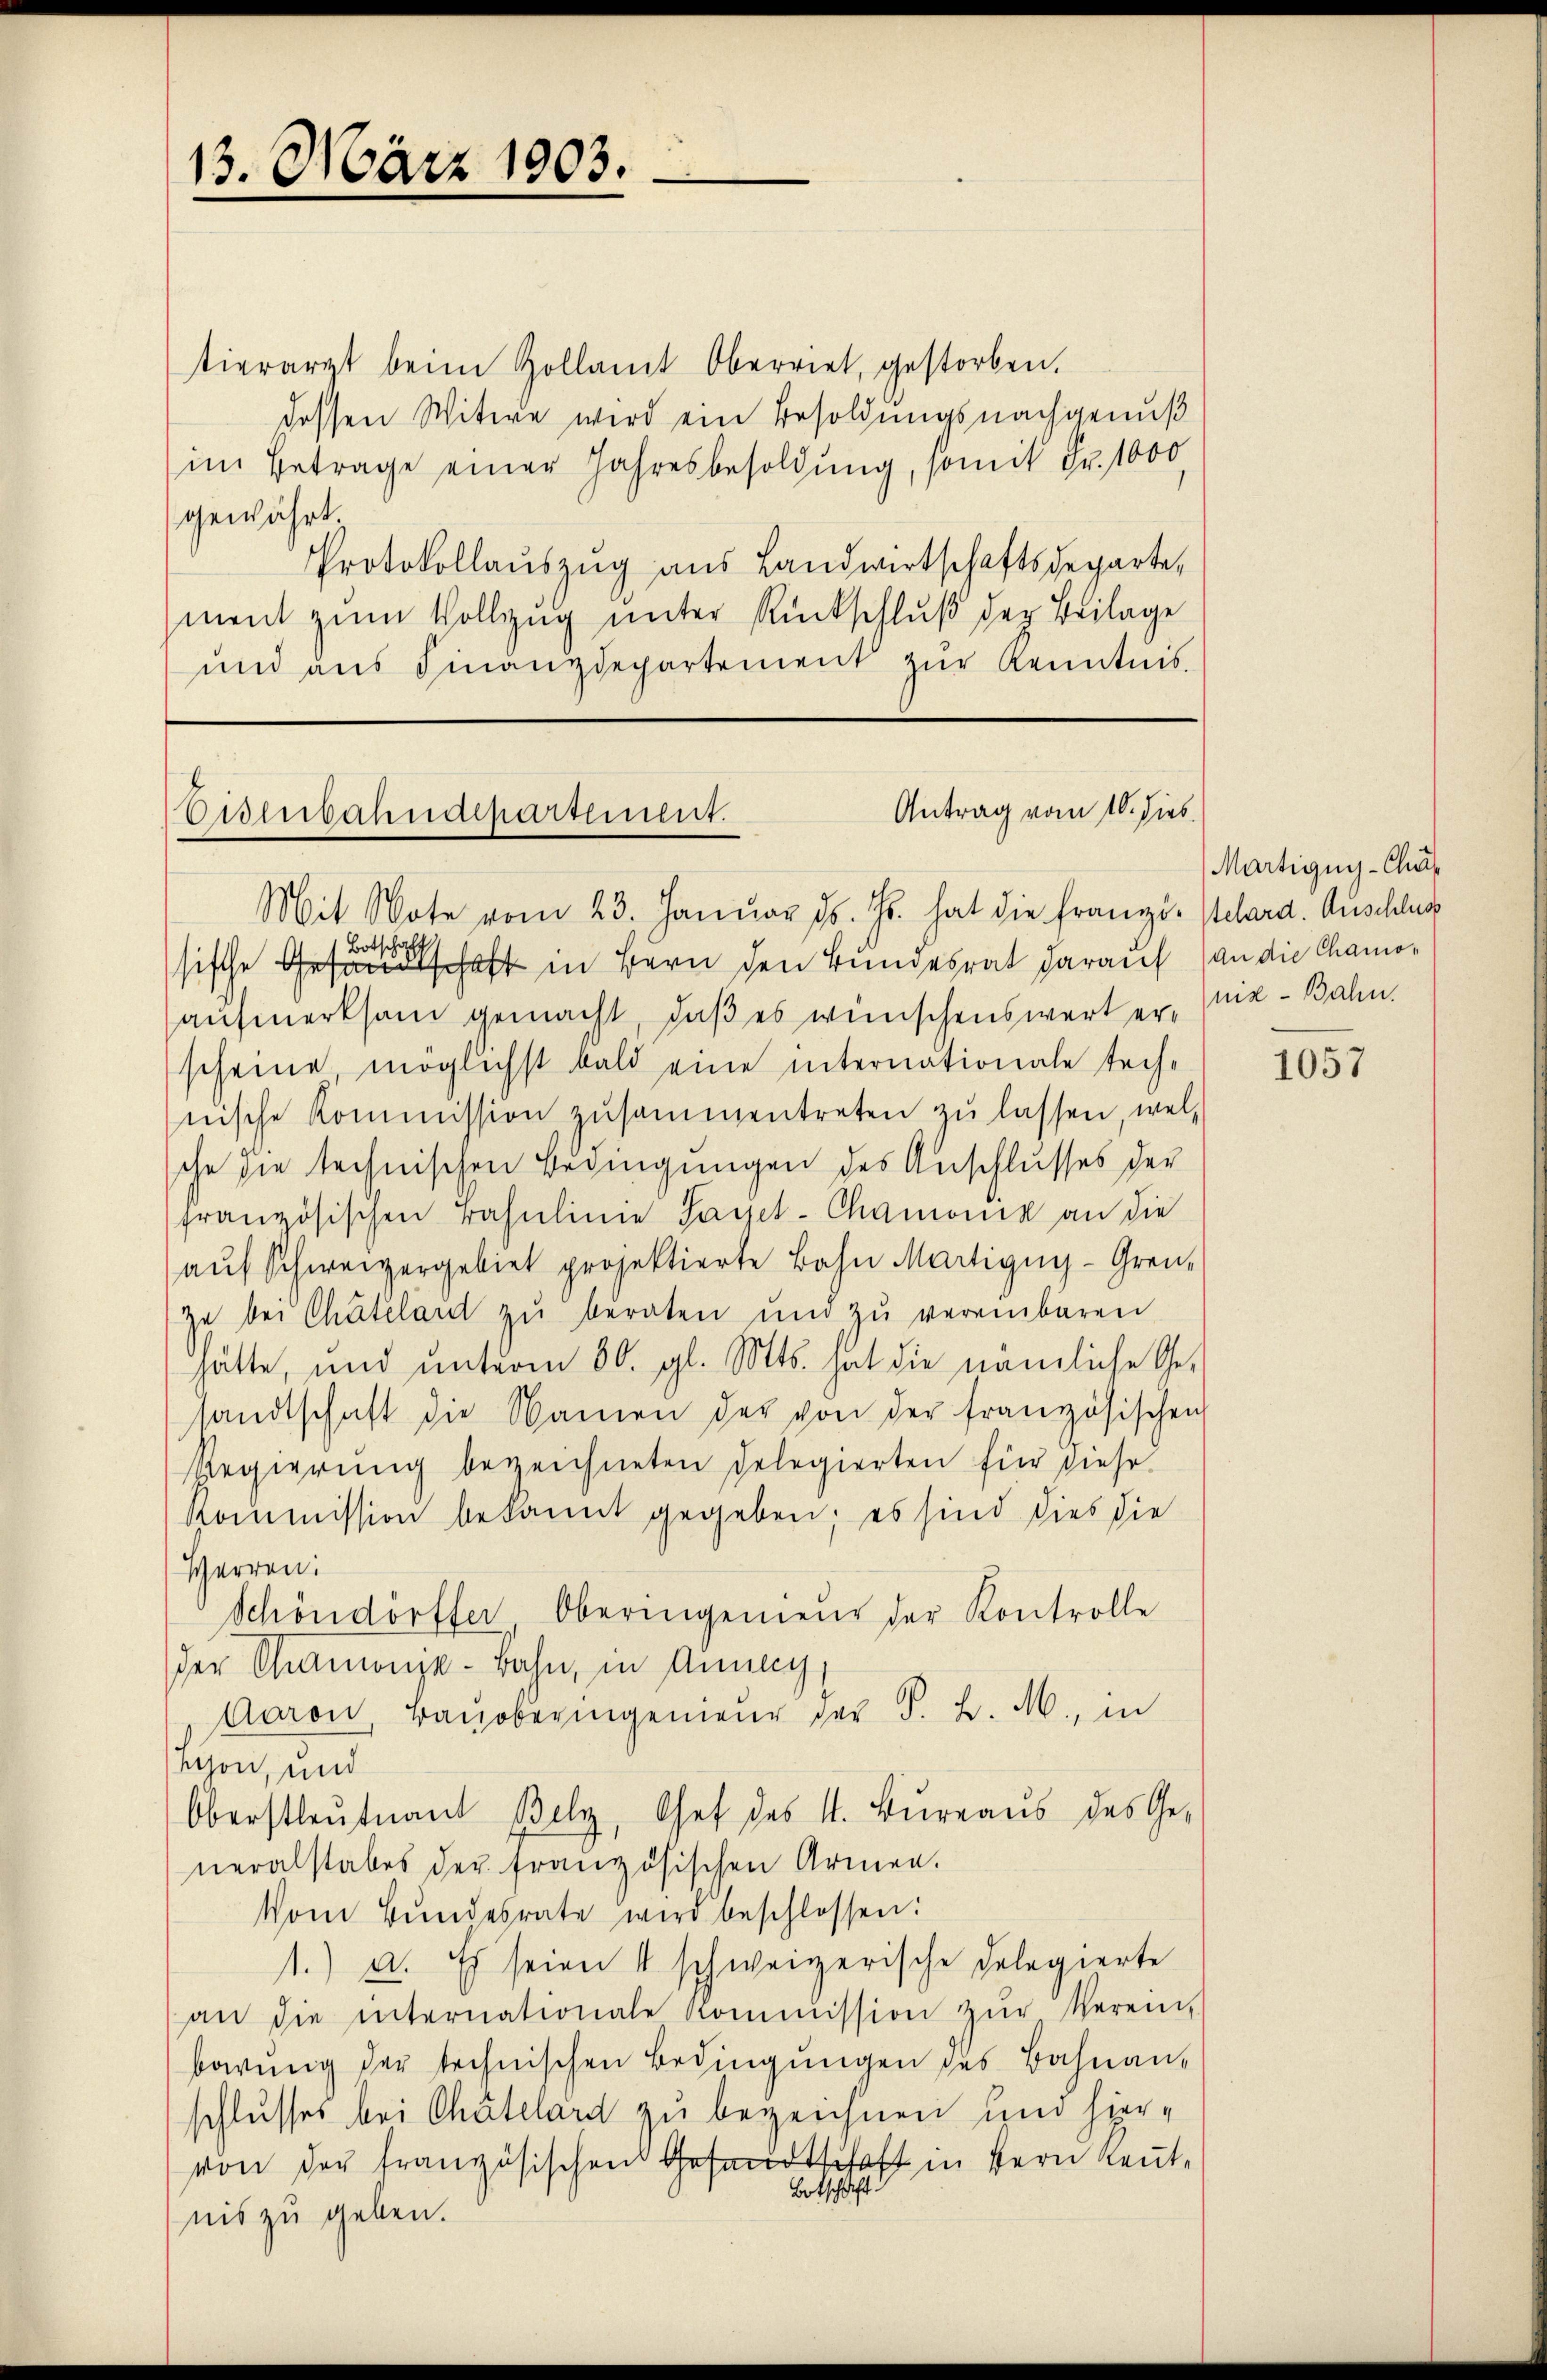
13. März 1903.

tierarzt beim Zollamt Oberriet, gestorben.
dessen Witwe wird ein Besoldungsnachgenuß
im Betrage einer Jahresbesoldung, somit Fr. 1000.
gewährt.
Protokollauszug aus Landwirtschaftsdeparte,
ment zum Vollzug unter Rückschluß der Beilage
und aŭs Finanzdepartement zŭr Kenntnis

Antrag vom 10. dies
Disenbahndepartement.

Mit Note vom 23. Januar d. Js. hat die Franzö-Kelard. Auschlug
Botschaf
sische Gesandtschaft in Bern den Bundesrat darauf (an die Chamoaufmerksam gemacht, daß es wünschenswert er nie-Bahn.
scheine möglichst bald eine internationale tech-
nische Kommission zusammentreten zŭ lassen, welche die technischen Bedingungen des Anschlusses der
französischen Bahnlinie Tagel-Chamonia an die
aŭf Schweizergebiet projektierte Bahn Martigny-Gren-
ze bei Chateland zŭ beraten und zŭ vereinbaren
hätte, und unterm 30. gl. Mts. hat die nämliche Ge-
sandtschaft die Namen der von der französischen
Regierŭng bezeichneten Delegierten für diese
Kommission bekannt gegeben; es sind dies die
Herren.
Schöndörfer, Oberingenieŭr der Kontrolle
der Chamonje-Bahn, in Annay,
Aaron, Bauberingenieur der S. B. M., in
Schon, und
Oberstleutnant Bely, Chef des 1. Büreaŭs des Ge-
neralstabes der französischen Armen.
Vom Bundesrate wird beschlossen:
1.) a. Es seien 1 schweizerische Delegierte
an die internationale Kommission zŭr Verein,
barŭng der technischen Bedingungen des Bahnan-
schlusses bei Chätelard zu bezeichnen und hiervon der französischen Gesandtschaft in Bern Rent¬
Botschaft
nis zu geben.

Martigny-Chus

1057